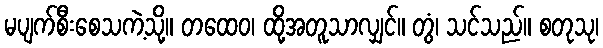
မပျက်စီးစေသကဲ့သို့။ တထေဝ၊ ထို့အတူသာလျှင်။ တွံ၊ သင်သည်။ စတုသု၊